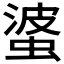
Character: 𱿮